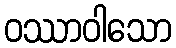
ဝဿာဝါသော